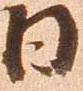
日